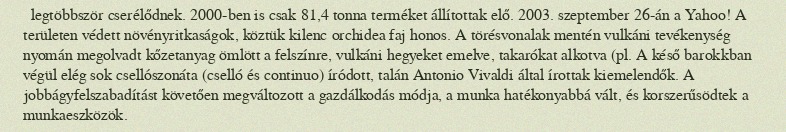
legtöbbször cserélődnek. 2000-ben is csak 81,4 tonna terméket állítottak elő. 2003. szeptember 26-án a Yahoo! A területen védett növényritkaságok, köztük kilenc orchidea faj honos. A törésvonalak mentén vulkáni tevékenység nyomán megolvadt kőzetanyag ömlött a felszínre, vulkáni hegyeket emelve, takarókat alkotva (pl. A késő barokkban végül elég sok csellószonáta (cselló és continuo) íródott, talán Antonio Vivaldi által írottak kiemelendők. A jobbágyfelszabadítást követően megváltozott a gazdálkodás módja, a munka hatékonyabbá vált, és korszerűsödtek a munkaeszközök.